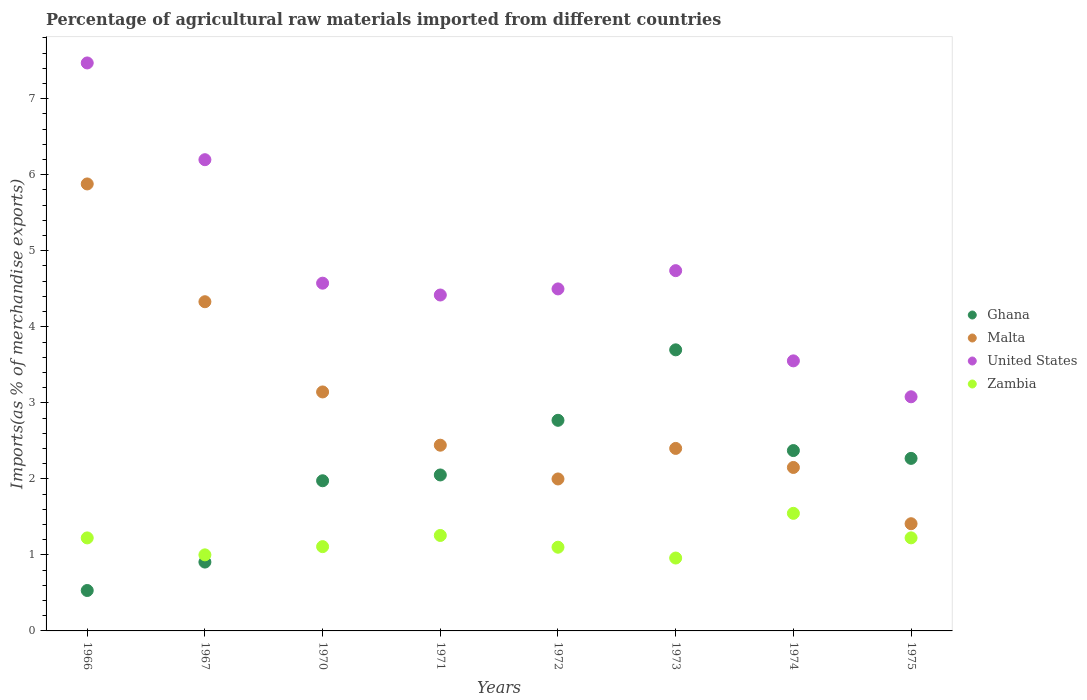
| Years | Ghana | Malta | United States | Zambia |
 | --- | --- | --- | --- | --- |
 | 1966 | 0.532 | 5.88 | 7.47 | 1.22 |
 | 1967 | 0.906 | 4.33 | 6.2 | 1 |
 | 1970 | 1.98 | 3.14 | 4.57 | 1.11 |
 | 1971 | 2.05 | 2.44 | 4.42 | 1.26 |
 | 1972 | 2.77 | 2 | 4.5 | 1.1 |
 | 1973 | 3.7 | 2.4 | 4.74 | 0.959 |
 | 1974 | 2.37 | 2.15 | 3.55 | 1.55 |
 | 1975 | 2.27 | 1.41 | 3.08 | 1.22 |